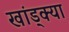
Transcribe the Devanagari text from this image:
खांड्क्या